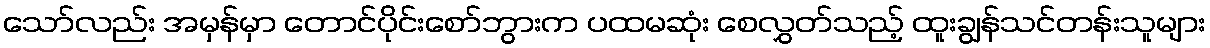
သော်လည်း အမှန်မှာ တောင်ပိုင်းစော်ဘွားက ပထမဆုံး စေလွှတ်သည့် ထူးချွန်သင်တန်းသူများ